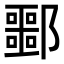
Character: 𬪠